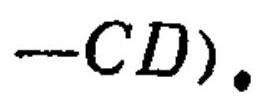
$-\text{CD}).$